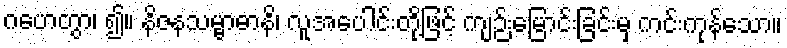
ဂဟေတွာ၊ ၍။ နိဇနသမ္ဗာဓာနိ၊ လူအပေါင်းတို့ဖြင့် ကျဉ်းမြောင်းခြင်းမှ ကင်းကုန်သော။